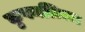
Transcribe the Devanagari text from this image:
कुपनलिका